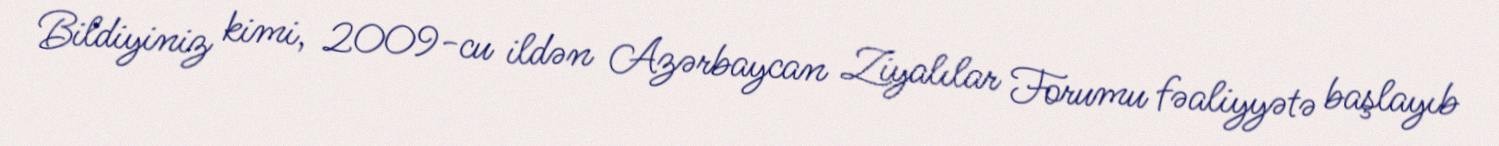
Bildiyiniz kimi, 2009-cu ildən Azərbaycan Ziyalılar Forumu fəaliyyətə başlayıb